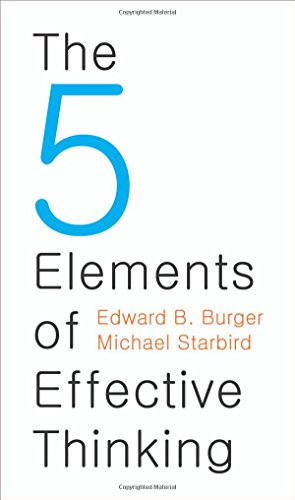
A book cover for The 5 Elements of Effective Thinking; Edward B. Burger; Test Preparation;